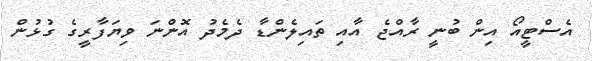
އެސްޓީއޯ އިން ބުނީ ރާއްޖެ އާއި ތައިލެންޑާ ދެމެދު އޮންނަ ވިޔަފާރީގެ ގުޅުން